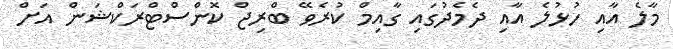
މާލެ އާއި ހުޅުލެ އާއި ދެމެދުގައި ގާއިމް ކުރެވޭ ބްރިޖް ކޮންސްޓްރަކްޝަން އަށް